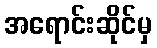
အရောင်းဆိုင်မှ